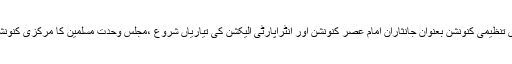
وحدت نیوز(اسلام آباد) ایم ڈبلیو ایم کے مرکزی تنظیمی کنونشن بعنوان جانثاران امام عصرؑ کنونشن اور انٹراپارٹی الیکشن کی تیاریاں شروع ،مجلس وحدت مسلمین کا مرکزی کنونشن کا انعقاد حسب سابق اسلام آباد میں ہی ہو گا۔